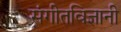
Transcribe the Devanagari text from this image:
संगीतविज्ञानी